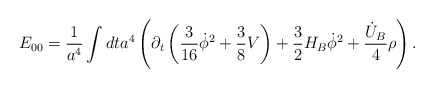
\begin{align*}E_{00}=\frac{1}{a^4}\int dt a^4 \left(\partial_t \left( \frac{3}{16}\dot \phi^2 +\frac{3}{8}V\right)+\frac{3}{2}H_B\dot\phi^2+ \frac{\dot U_B}{4}\rho \right).\end{align*}